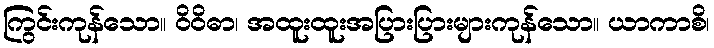
ကြွင်းကုန်သော။ ဝိဝိဓာ၊ အထူးထူးအပြားပြားများကုန်သော။ ယာကာစိ၊